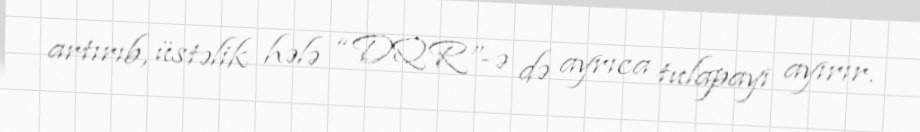
artırıb, üstəlik hələ “DQR”-ə də ayrıca tulapayı ayırır.